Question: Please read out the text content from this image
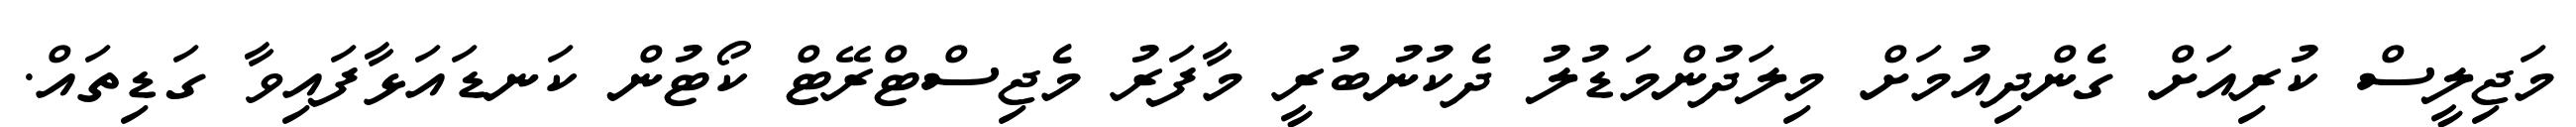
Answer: މަޖިލީސް ކުރިއަށް ގެންދިއުމަށް މިލަދުންމަޑުލު ދެކުނުބުރީ މާފަރު މެޖިސްޓްރޭޓް ކޯޓުން ކަނޑައަޅާފައިވާ ގަޑިތައް.